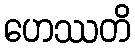
ဟေဿတိ